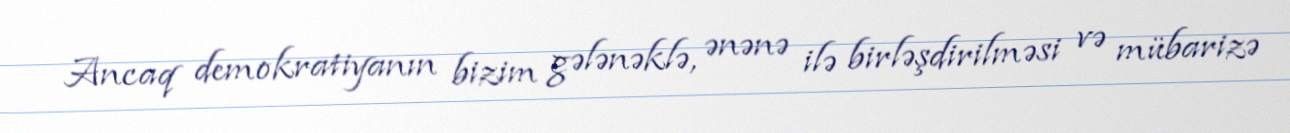
Ancaq demokratiyanın bizim gələnəklə, ənənə ilə birləşdirilməsi və mübarizə